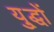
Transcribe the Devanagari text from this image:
यु्द्धों